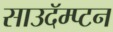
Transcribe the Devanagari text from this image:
साउदॅम्प्टन